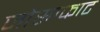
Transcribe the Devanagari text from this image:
जोसाफाट